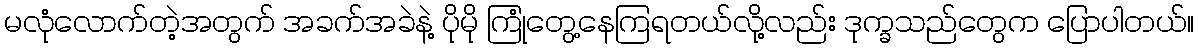
မလုံလောက်တဲ့အတွက် အခက်အခဲနဲ့ ပိုမို ကြုံတွေ့နေကြရတယ်လို့လည်း ဒုက္ခသည်တွေက ပြောပါတယ်။